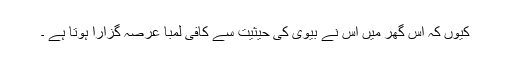
کیوں کہ اس گھر میں اس نے بیوی کی حیثیت سے کافی لمبا عرصہ گزارا ہوتا ہے ۔